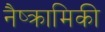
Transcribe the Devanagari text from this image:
नैष्क्रामिकी